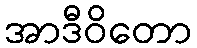
အာဒီဝိတော